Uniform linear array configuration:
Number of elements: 8
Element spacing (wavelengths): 0.75
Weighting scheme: binomial
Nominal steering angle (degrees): -45
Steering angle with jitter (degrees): -43.01
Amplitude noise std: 0.05
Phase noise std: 0.05

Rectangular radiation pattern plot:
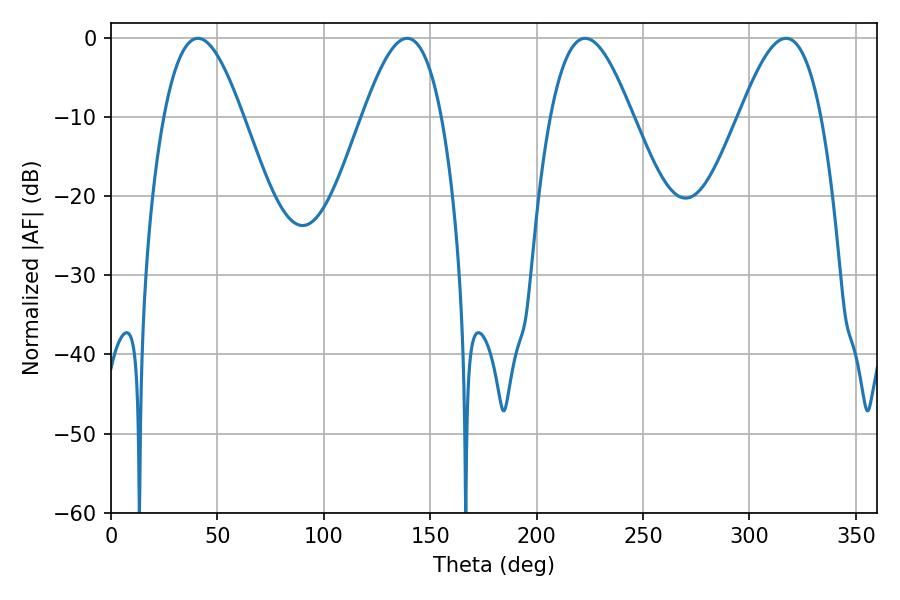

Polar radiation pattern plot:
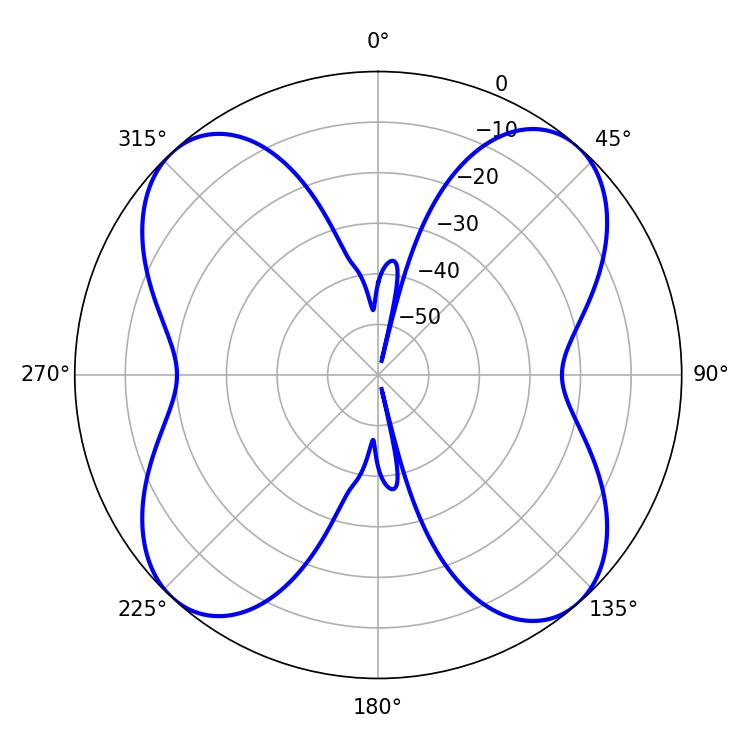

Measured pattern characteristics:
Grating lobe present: TRUE
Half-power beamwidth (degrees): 20.16
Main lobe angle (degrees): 40.86